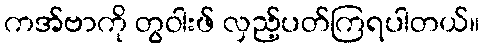
ကအ်ဗာကို တွဝါးဖ် လှည့်ပတ်ကြရပါတယ်။